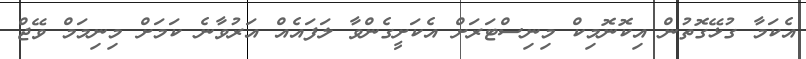
އެކަމާ ގުޅޭގޮތުން އިކޮނޮމިކް މިނިސްޓަރަށް އެކަށީގެންވާ ލަފައެއް އަރުވާނެ ކަމަށް މިނިމަމް ވޭޖް